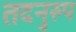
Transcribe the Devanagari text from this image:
तदनुरुप